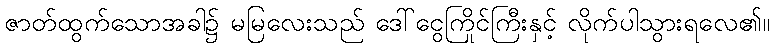
ဇာတ်ထွက်သောအခါ၌ မမြလေးသည် ဒေါ်ငွေကြိုင်ကြီးနှင့် လိုက်ပါသွားရလေ၏။